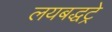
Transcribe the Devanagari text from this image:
लयबद्धट्रे